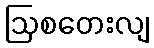
ဩစတေးလျ